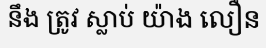
នឹង ត្រូវ ស្លាប់ យ៉ាង លឿន